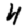
Digit: 4